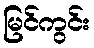
မြင်ကွင်း